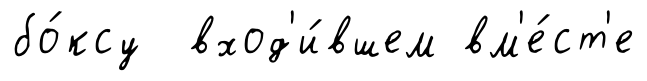
бо́ксу вход'и́вшем вм'е́ст'е